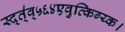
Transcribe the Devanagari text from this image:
स्द्त्॑व्५६४एवुत्किग्य्क।